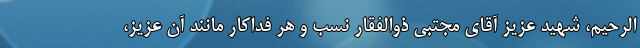
الرحیم، شهید عزیز آقای مجتبی ذوالفقار نسب و هر فداکار مانند آن عزیز،